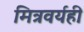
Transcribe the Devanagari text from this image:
मित्रवर्यही